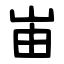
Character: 峀